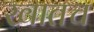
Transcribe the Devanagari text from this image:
खातच